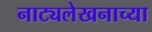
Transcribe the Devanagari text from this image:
नाट्यलेखनाच्या